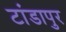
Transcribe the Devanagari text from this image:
टांडापुर